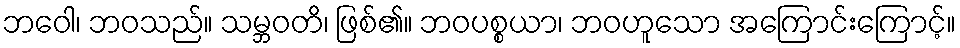
ဘဝေါ၊ ဘဝသည်။ သမ္ဘဝတိ၊ ဖြစ်၏။ ဘဝပစ္စယာ၊ ဘဝဟူသော အကြောင်းကြောင့်။